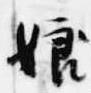
娘